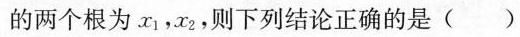
的两个根为x_{1}，x_{2}，则下列结论正确的是()